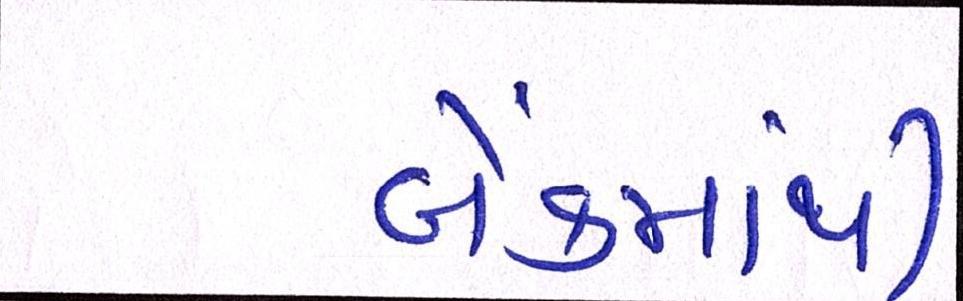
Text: બેંકમાંથી